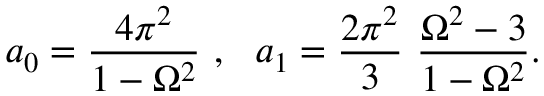
a _ { 0 } = { \frac { 4 \pi ^ { 2 } } { 1 - \Omega ^ { 2 } } } ~ , ~ ~ a _ { 1 } = { \frac { 2 \pi ^ { 2 } } { 3 } } ~ { \frac { \Omega ^ { 2 } - 3 } { 1 - \Omega ^ { 2 } } } .